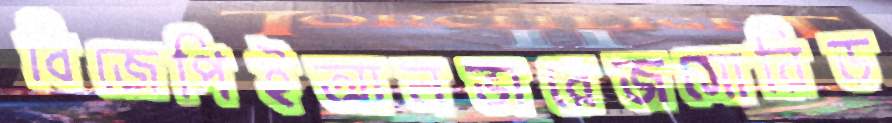
বিজেপিইআলভারেজসোরিড